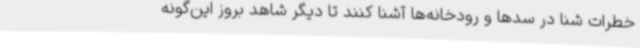
خطرات شنا در سدها و رودخانه‌ها آشنا کنند تا دیگر شاهد بروز این‌گونه